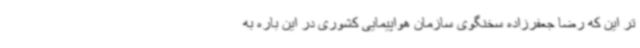
تر این که رضا جعفرزاده سخنگوی سازمان هواپیمایی کشوری در این باره به